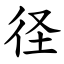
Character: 径